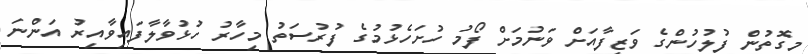
މިގޮތުން ފުލުހުންގެ ވަޒީފާއަށް ވަނުމަށް ފޯމު ހުށަހެޅުމުގެ ފުރުސަތު މިހާރު ހުޅުވާލާފައިވާއިރު އަންނަ